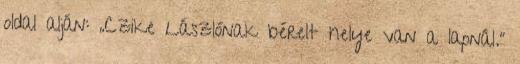
oldal alján: „Czike Lászlónak bérelt helye van a lap­nál.”